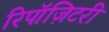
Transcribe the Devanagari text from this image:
रिपॉज़िटरी